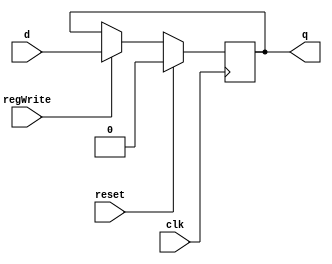
`timescale 1ns / 1ps


module D_ff(input clk, input reset, input regWrite,input d, output reg q);
	always@(negedge clk)
		begin
			if(reset)
				q=0;
			else
				if(regWrite == 1) begin q=d; end
		end
endmodule

module D_ff_reg (input clk, input reset, input regWrite, input decOut1b, input d, output reg q);
	always @ (negedge clk)
		begin
			if(reset==1)
				q=1;
			else
				if(regWrite == 1 && decOut1b==1)
					begin
						q=d;
					end
		end
endmodule

module D_ff_Mem (input memRead, input init,  output reg q);
	always@(memRead or init)
	begin
	if (memRead)
		q = init;
	end
endmodule

// Instruction Memory Design
module register_Mem(input memRead,input [15:0] init, output [15:0] q_out);
	D_ff_Mem dMem0(memRead, init[0], q_out[0]);
	D_ff_Mem dMem1(memRead, init[1], q_out[1]);
	D_ff_Mem dMem2(memRead, init[2], q_out[2]);
	D_ff_Mem dMem3(memRead, init[3], q_out[3]);
	
	D_ff_Mem dMem4(memRead, init[4], q_out[4]);
	D_ff_Mem dMem5(memRead, init[5], q_out[5]);
	D_ff_Mem dMem6(memRead, init[6], q_out[6]);
	D_ff_Mem dMem7(memRead, init[7], q_out[7]);

	D_ff_Mem dMem8(memRead, init[8], q_out[8]);
	D_ff_Mem dMem9(memRead, init[9], q_out[9]);
	D_ff_Mem dMem10(memRead, init[10], q_out[10]);
	D_ff_Mem dMem11(memRead, init[11], q_out[11]);
	
	D_ff_Mem dMem12(memRead, init[12], q_out[12]);
	D_ff_Mem dMem13(memRead, init[13], q_out[13]);
	D_ff_Mem dMem14(memRead, init[14], q_out[14]);
	D_ff_Mem dMem15(memRead, init[15], q_out[15]);
endmodule


module mux16to1(input [15:0] outR0, outR1, outR2, outR3, outR4, outR5, outR6, outR7, outR8, outR9, outR10, outR11, outR12, outR13, outR14, outR15, input [3:0] Sel, output reg [15:0] outBus);
	always @ (outR0 or outR1 or outR2 or outR3 or outR4 or outR5 or outR6 or outR7 or outR8 or outR9 or outR10 or outR11 or outR12 or outR13 or outR14 or outR15 or Sel)
	case (Sel)
		4'b0000: outBus = outR0;
		4'b0001: outBus = outR1;
		4'b0010: outBus = outR2;
		4'b0011: outBus = outR3;
		4'b0100: outBus = outR4;
		4'b0101: outBus = outR5;
		4'b0110: outBus = outR6;
		4'b0111: outBus = outR7;
		4'b1000: outBus = outR8;
		4'b1001: outBus = outR9;
		4'b1010: outBus = outR10;
		4'b1011: outBus = outR11;
		4'b1100: outBus = outR12;
		4'b1101: outBus = outR13;
		4'b1110: outBus = outR14;
		4'b1111: outBus = outR15;
	endcase
endmodule

module Mem(input memRead, input [15:0] pc, output [15:0] IR);
	wire [15:0] Qout0, Qout1, Qout2, Qout3, Qout4, Qout5, Qout6, Qout7, Qout8, Qout9, Qout10, Qout11, Qout12, Qout13, Qout14, Qout15;
	
	register_Mem r0(memRead, 16'b0001_001_010_000_000,Qout0); 		//sub $r0, $r1, $r2
	register_Mem r1(memRead, 16'b0011_000_010_000_010, Qout1); 	//addic $r2, $r0, 2
	register_Mem r2(memRead, 16'b0000_010_001_001_000, Qout2); 	//add $r1, $r2, $r1
	register_Mem r3(memRead, 16'b0100_010_100_000_001, Qout3); 	//shift $r4, $r2, 1
	register_Mem r4(memRead, 16'b0010_100_010_110_000, Qout4); 	//addc $r6, $r4, $r2
	register_Mem r5(memRead, 16'b0001_110_001_101_000, Qout5); 	//sub $r5, $r6, $r1
	register_Mem r6(memRead, 16'b0011_111_011_000_011, Qout6); 	//addic $r3, $r7, 3
	register_Mem r7(memRead, 16'b0010_111_110_111_000, Qout7);		//addc $r7, $r7, $r6
	register_Mem r8(memRead, 16'b0101_110_111_000_000, Qout8); 	//mul $r6,$r7
	register_Mem r9(memRead, 16'b0000_000_000_000_000, Qout9); 		
	register_Mem r10(memRead, 16'b0000_000_000_000_000, Qout10); 	
	register_Mem r11(memRead, 16'b0000_000_000_000_000, Qout11); 	
	register_Mem r12(memRead, 16'b0000_000_000_000_000, Qout12); 
	register_Mem r13(memRead, 16'b0000_000_000_000_000, Qout13); 
	register_Mem r14(memRead, 16'b0000_000_000_000_000, Qout14); 	
	register_Mem r15(memRead, 16'b0000_000_000_000_000, Qout15); 	
	mux16to1 mIM (Qout0,Qout1,Qout2,Qout3,Qout4,Qout5,Qout6,Qout7,Qout8,Qout9,Qout10,Qout11,Qout12,Qout13,Qout14,Qout15,pc[4:1],IR);
	
endmodule
//Instruction Memory Design Ends

//Register Memory Design begins
module register16bit_RegFile( input clk, input reset, input regWrite, input decOut1b, input [15:0] writeData, output  [15:0] outR );
	D_ff_reg d0(clk, reset, regWrite, decOut1b, writeData[0], outR[0]);
	D_ff_reg d1(clk, reset, regWrite, decOut1b, writeData[1], outR[1]);
	D_ff_reg d2(clk, reset, regWrite, decOut1b, writeData[2], outR[2]);
	D_ff_reg d3(clk, reset, regWrite, decOut1b, writeData[3], outR[3]);
	D_ff_reg d4(clk, reset, regWrite, decOut1b, writeData[4], outR[4]);
	D_ff_reg d5(clk, reset, regWrite, decOut1b, writeData[5], outR[5]);
	D_ff_reg d6(clk, reset, regWrite, decOut1b, writeData[6], outR[6]);
	D_ff_reg d7(clk, reset, regWrite, decOut1b, writeData[7], outR[7]);
	D_ff_reg d8(clk, reset, regWrite, decOut1b, writeData[8], outR[8]);
	D_ff_reg d9(clk, reset, regWrite, decOut1b, writeData[9], outR[9]);
	D_ff_reg d10(clk, reset, regWrite, decOut1b, writeData[10], outR[10]);
	D_ff_reg d11(clk, reset, regWrite, decOut1b, writeData[11], outR[11]);
	D_ff_reg d12(clk, reset, regWrite, decOut1b, writeData[12], outR[12]);
	D_ff_reg d13(clk, reset, regWrite, decOut1b, writeData[13], outR[13]);
	D_ff_reg d14(clk, reset, regWrite, decOut1b, writeData[14], outR[14]);
	D_ff_reg d15(clk, reset, regWrite, decOut1b, writeData[15], outR[15]);
endmodule

module registerSet( input clk, input reset, input regWrite, input [7:0] decOut, input [15:0] writeData,
output [15:0] outR0, output [15:0] outR1, output [15:0] outR2, output [15:0] outR3,
	output [15:0] outR4,output [15:0] outR5, output [15:0] outR6, output [15:0] outR7);

	register16bit_RegFile rs0( clk, reset, regWrite, decOut[0], writeData, outR0 );
	register16bit_RegFile rs1( clk, reset, regWrite, decOut[1], writeData, outR1 );
	register16bit_RegFile rs2( clk, reset, regWrite, decOut[2], writeData, outR2 );
	register16bit_RegFile rs3( clk, reset, regWrite, decOut[3], writeData, outR3 );
	
	register16bit_RegFile rs4( clk, reset, regWrite, decOut[4], writeData, outR4 );
	register16bit_RegFile rs5( clk, reset, regWrite, decOut[5], writeData, outR5 );
	register16bit_RegFile rs6( clk, reset, regWrite, decOut[6], writeData, outR6 );
	register16bit_RegFile rs7( clk, reset, regWrite, decOut[7], writeData, outR7 );
endmodule

module decoder( input [2:0] destReg, output reg [7:0] decOut);
always @(destReg)
	case(destReg)
	3'd0: decOut=8'b0000_0001;
	3'd1: decOut=8'b0000_0010;
	3'd2: decOut=8'b0000_0100;
	3'd3: decOut=8'b0000_1000;
	3'd4: decOut=8'b0001_0000;
	3'd5: decOut=8'b0010_0000;
	3'd6: decOut=8'b0100_0000;
	3'd7: decOut=8'b1000_0000;
	endcase
endmodule

module mux8to1( input [15:0] outR0, input [15:0] outR1, input [15:0] outR2, input [15:0] outR3, input [15:0] outR4, input [15:0] outR5, 
input [15:0] outR6, input [15:0] outR7, input [2:0] Sel, output reg [15:0] outBus );

always@(outR0,outR1,outR2,outR3,outR4,outR5,outR6,outR7,Sel)
	case(Sel)
		3'd0:outBus=outR0;
		3'd1:outBus=outR1;
		3'd2:outBus=outR2;
		3'd3:outBus=outR3;
		3'd4:outBus=outR4;
		3'd5:outBus=outR5;
		3'd6:outBus=outR6;
		3'd7:outBus=outR7;
	endcase
endmodule

module registerFile(input clk, input reset, input regWrite, input [2:0] rs, input [2:0] rt,input [2:0] rd, 
input [15:0] writeData, output [15:0] outR0, output [15:0] outR1);
	
	wire [7:0] decOut;
	wire [15:0] outR00,outR11, outR2, outR3, outR4, outR5, outR6, outR7;
	decoder dec(rd,decOut);
	registerSet rSet( clk, reset, regWrite,decOut, writeData,outR00,outR11, outR2, outR3, outR4, outR5, outR6, outR7);
	mux8to1 mux8_1_1( outR00, outR11,outR2,outR3,outR4, outR5, outR6,outR7, rs, outR0 );
	mux8to1 mux8_1_2( outR00, outR11,outR2,outR3,outR4, outR5, outR6,outR7, rt, outR1 );
endmodule
//Register Memory Design ends

// Register to be used for PC, IR, A, B, ALUOut HI, LO
module register16bit( input clk, input reset, input regWrite, input [15:0] writeData, output  [15:0] outR );
	D_ff d0(clk,reset,regWrite,writeData[0],outR[0]);
	D_ff d1(clk,reset,regWrite,writeData[1],outR[1]);
	D_ff d2(clk,reset,regWrite,writeData[2],outR[2]);
	D_ff d3(clk,reset,regWrite,writeData[3],outR[3]);
	D_ff d4(clk,reset,regWrite,writeData[4],outR[4]);
	D_ff d5(clk,reset,regWrite,writeData[5],outR[5]);
	D_ff d6(clk,reset,regWrite,writeData[6],outR[6]);
	D_ff d7(clk,reset,regWrite,writeData[7],outR[7]);
	D_ff d8(clk,reset,regWrite,writeData[8],outR[8]);
	D_ff d9(clk,reset,regWrite,writeData[9],outR[9]);
	D_ff d10(clk,reset,regWrite,writeData[10],outR[10]);
	D_ff d11(clk,reset,regWrite,writeData[11],outR[11]);
	D_ff d12(clk,reset,regWrite,writeData[12],outR[12]);
	D_ff d13(clk,reset,regWrite,writeData[13],outR[13]);
	D_ff d14(clk,reset,regWrite,writeData[14],outR[14]);
	D_ff d15(clk,reset,regWrite,writeData[15],outR[15]);
endmodule

module carrybit(input clk, input reset, input regWrite, input writeData, output outR );
	D_ff d0(clk,reset,regWrite,writeData,outR);
endmodule


module signExt6to16( input [5:0] offset, output reg [15:0] signExtOffset);
	always@(offset)
			signExtOffset={{10{offset[5]}},offset[5:0]};
endmodule
	
module zeroExt4to16( input [3:0] offset, output reg [15:0] zeroExtOffset);
	always@(offset)
		zeroExtOffset={{12{1'b0}},offset[3:0]};
endmodule

module alu(input [15:0] aluIn1, input [15:0] aluIn2,input [1:0] aluOp,
		output reg carry, output reg [15:0] aluOut1,output reg [15:0] aluOut2);
	always@(aluIn1 or aluIn2 or aluOp)
	begin
		case(aluOp)
			2'b00: begin {carry,aluOut1}=aluIn1 + aluIn2;
						 aluOut2 = 16'd0;
				   end
			2'b01: begin {carry,aluOut1}=aluIn1 - aluIn2; 
						 aluOut2 = 16'd0;
				   end
			2'b10: begin {carry,aluOut1}=aluIn1 << aluIn2; 
						 aluOut2 = 16'd0;
				   end 
			2'b11: {aluOut2,aluOut1}=aluIn1 * aluIn2; 
		endcase
	end
endmodule

module zeroExt1to16( input cFlag, output reg [15:0] zeroExtcFlag);
	always@(cFlag)
		zeroExtcFlag={{15{1'b0}},cFlag};
endmodule

module adder(input [15:0] in1, input [15:0] in2, output reg [15:0] adder_out);
	always@(in1 or in2)
	begin
		adder_out=in1 + in2;
	end
endmodule

module mux2to1_3bits(input [2:0] in1, input [2:0] in2, input sel, output reg [2:0] muxOut);
	always@(in1 or in2 or sel)
	begin
		case(sel)
			1'b0:muxOut=in1;
			1'b1:muxOut=in2;
		endcase
	end
endmodule

module mux2to1_16bits(input [15:0] in1, input [15:0] in2, input sel, output reg [15:0] muxOut);
    always@(in1 or in2 or sel)
	begin
		case(sel)
			1'b0:muxOut=in1;
			1'b1:muxOut=in2;
		endcase
	end
endmodule

module mux4to1_16bits(input [15:0] in1, input [15:0] in2, input [15:0] in3, input [15:0] in4, input [1:0] sel, output reg [15:0] muxOut);
	always@(in1 or in2 or in3 or in4 or sel)
	begin
		case(sel)
			2'b00:muxOut=in1;
			2'b01:muxOut=in2;
			2'b10:muxOut=in3;		
			2'b11:muxOut=in4;				
		endcase
	end
endmodule

module ctrlCkt(input clk,input reset,input [3:0] opcode,output reg pcWr,output reg memRd,output reg irWr,
				output reg regDest,output reg regWr,output reg regSrc,output reg aluSrcA,output reg [1:0] aluSrcB,output reg [1:0] aluOp,
				output reg hiWr,output reg loWr,output reg flagWr);	

	reg[3:0] state,next_state;
	parameter S0 = 4'b0000,S1 = 4'b0001 , S2 = 4'b0010, S3 = 4'b0011;
	parameter S4 = 4'b0100,S5 = 4'b0101 , S6 = 4'b0110, S7 = 4'b0111;
	parameter S8 = 4'b1000,S9 = 4'b1001 , S10 = 4'b1010, S11 = 4'b1011, S12 = 4'b1100;
	always@(negedge clk)
		begin
			if (reset == 1)
				begin
					pcWr <= 1'b0;
					irWr <= 1'b0;
					memRd <= 1'b0;
					regDest <= 1'b0;
					regWr <= 1'b0;
					regSrc <= 1'b0;
					aluSrcA <= 1'b0;
					aluSrcB <= 2'b00;
					aluOp <= 2'b00;
					hiWr <= 1'b0;
					loWr <= 1'b0;
					flagWr <= 1'b0;
					state <= S0;
				end
			else
				state <= next_state;
		end
	
	always@(state or opcode)
		begin 
			case(state)
			S0:  next_state = S1;
			S1:  begin 
						case(opcode)
						4'd0 :  next_state = S2;
						4'd1 :  next_state = S4;
						4'd2 :  next_state = S6;
						4'd3 :  next_state = S8;
						4'd4 :  next_state = S10;
						4'd5 :  next_state = S12;
						endcase
				end
			S2:   next_state = S3;
			S4:   next_state = S5;
			S6:   next_state = S7;
			S8:   next_state = S9;
			S10:  next_state = S11;
			S12:  next_state = S0;
			S3:   next_state = S0;
			S5:   next_state = S0;
			S7:   next_state = S0;
			S9:   next_state = S0;
			S11:  next_state = S0;
			
			endcase
		end
	
	always@(state or opcode)
		begin
			case(state)
			S0:  begin
					pcWr = 1'b1;
					irWr = 1'b1;
					memRd = 1'b1;
					regDest = 1'b0;
					regWr = 1'b0;
					regSrc = 1'b0;
					aluSrcA = 1'b0;
					aluSrcB = 2'b01;
					aluOp = 2'b00;
					hiWr = 1'b0;
					loWr = 1'b0;
					flagWr = 1'b0;
				 end
				
			S1:  begin
					pcWr = 1'b0;
					irWr = 1'b0;
					memRd = 1'b0;
					regDest = 1'b0;
					regWr = 1'b0;
					regSrc = 1'b0;
					aluSrcA = 1'b0;
					aluSrcB = 2'b00;
					aluOp = 2'b00;
					hiWr = 1'b0;
					loWr = 1'b0;
					flagWr = 1'b0;
				 end
				
			S2:  begin
					pcWr = 1'b0;
					irWr = 1'b0;
					memRd = 1'b0;
					regDest = 1'b0;
					regWr = 1'b0;
					regSrc = 1'b0;
					aluSrcA = 1'b1;
					aluSrcB = 2'b00;
					aluOp = 2'b00;
					hiWr = 1'b0;
					loWr = 1'b0;
					flagWr = 1'b1;
				end
				
			S3:  begin
					pcWr = 1'b0;
					irWr = 1'b0;
					memRd = 1'b0;
					regDest = 1'b1;
					regWr = 1'b1;
					regSrc = 1'b1;
					aluSrcA = 1'b0;
					aluSrcB = 2'b00;
					aluOp = 2'b00;
					hiWr = 1'b0;
					loWr = 1'b0;
					flagWr = 1'b0;
				end
			
			S4:  begin
					pcWr = 1'b0;
					irWr = 1'b0;
					memRd = 1'b0;
					regDest = 1'b0;
					regWr = 1'b0;
					regSrc = 1'b0;
					aluSrcA = 1'b1;
					aluSrcB = 2'b00;
					aluOp = 2'b01;
					hiWr = 1'b0;
					loWr = 1'b0;
					flagWr = 1'b1;
				end
			
			S5:  begin
					pcWr = 1'b0;
					irWr = 1'b0;
					memRd = 1'b0;
					regDest = 1'b1;
					regWr = 1'b1;
					regSrc = 1'b1;
					aluSrcA = 1'b0;
					aluSrcB = 2'b00;
					aluOp = 2'b00;
					hiWr = 1'b0;
					loWr = 1'b0;
					flagWr = 1'b0;
				end
				
			S6:  begin
					pcWr = 1'b0;
					irWr = 1'b0;
					memRd = 1'b0;
					regDest = 1'b0;
					regWr = 1'b0;
					regSrc = 1'b0;
					aluSrcA = 1'b1;
					aluSrcB = 2'b00;
					aluOp = 2'b00;
					hiWr = 1'b0;
					loWr = 1'b0;
					flagWr = 1'b1;
				end
				
			S7:  begin
					pcWr = 1'b0;
					irWr = 1'b0;
					memRd = 1'b0;
					regDest = 1'b1;
					regWr = 1'b1;
					regSrc = 1'b0;
					aluSrcA = 1'b0;
					aluSrcB = 2'b00;
					aluOp = 2'b00;
					hiWr = 1'b0;
					loWr = 1'b0;
					flagWr = 1'b0;
				end	
			
			S8:  begin
					pcWr = 1'b0;
					irWr = 1'b0;
					memRd = 1'b0;
					regDest = 1'b0;
					regWr = 1'b0;
					regSrc = 1'b0;
					aluSrcA = 1'b1;
					aluSrcB = 2'b10;
					aluOp = 2'b00;
					hiWr = 1'b0;
					loWr = 1'b0;
					flagWr = 1'b1;
				end
				
			S9:  begin
					pcWr = 1'b0;
					irWr = 1'b0;
					memRd = 1'b0;
					regDest = 1'b0;
					regWr = 1'b1;
					regSrc = 1'b0;
					aluSrcA = 1'b0;
					aluSrcB = 2'b00;
					aluOp = 2'b00;
					hiWr = 1'b0;
					loWr = 1'b0;
					flagWr = 1'b0;
				end
			
			S10:  begin
					pcWr = 1'b0;
					irWr = 1'b0;
					memRd = 1'b0;
					regDest = 1'b0;
					regWr = 1'b0;
					regSrc = 1'b0;
					aluSrcA = 1'b1;
					aluSrcB = 2'b11;
					aluOp = 2'b10;
					hiWr = 1'b0;
					loWr = 1'b0;
					flagWr = 1'b1;
				end
			
			S11:  begin
					pcWr = 1'b0;
					irWr = 1'b0;
					memRd = 1'b0;
					regDest = 1'b0;
					regWr = 1'b1;
					regSrc = 1'b1;
					aluSrcA = 1'b0;
					aluSrcB = 2'b00;
					aluOp = 2'b00;
					hiWr = 1'b0;
					loWr = 1'b0;
					flagWr = 1'b0;
				end
			
			S12:  begin
					pcWr = 1'b0;
					irWr = 1'b0;
					memRd = 1'b0;
					regDest = 1'b0;
					regWr = 1'b0;
					regSrc = 1'b0;
					aluSrcA = 1'b1;
					aluSrcB = 2'b00;
					aluOp = 2'b11;
					hiWr = 1'b1;
					loWr = 1'b1;
					flagWr = 1'b0;
				end
			
			endcase
		end
	
	
endmodule

//top module
module multiCycle(input clk, input reset, output [15:0] Result);

wire pcWr,irWr,regWr,regDest,carry,hiWr,loWr,carry_out;
wire[1:0] aluSrcB,aluOp;	
wire [15:0] aluOut1,aluOut2,outR,IR_out,outR0,outR1,zeroExtOffset,signExtOffset,outRA,outRB,muxOut_16bits1,muxOut_16bits2,outhi,outlo,out_aluout,adder_out,IR,zeroExtcFlag;	
wire [2:0] muxOut_3bits;	

	
register16bit PC0( clk, reset,pcWr,  aluOut1,  outR );	
Mem mem0( memRd, outR,  IR);
register16bit IR0( clk, reset, irWr,  IR,  IR_out );
registerFile regfile0(clk, reset, regWr,  IR_out[11:9],  IR_out[8:6], muxOut_3bits,  Result, outR0,  outR1);
mux2to1_3bits mux2to1_3bits_0( IR_out[8:6],  IR_out[5:3],  regDest, muxOut_3bits);
zeroExt4to16 zero4to16_0( IR_out[3:0],  zeroExtOffset);
signExt6to16 sign6to16_0( IR_out[5:0],  signExtOffset);
register16bit A0( clk, reset, 1'b1,  outR0,  outRA );	
register16bit B0( clk, reset, 1'b1,  outR1,  outRB );	
mux4to1_16bits mux4to1_0( outRB, 16'd2,  signExtOffset, zeroExtOffset, aluSrcB, muxOut_16bits2);
mux2to1_16bits mux2to1_0(outR, outRA, aluSrcA, muxOut_16bits1);
alu alu0( muxOut_16bits1,  muxOut_16bits2, aluOp,  carry,  aluOut1, aluOut2);
register16bit hi0( clk, reset, hiWr,  aluOut2,  outhi );	
register16bit lo0( clk, reset, loWr,  aluOut1,  outlo );	
register16bit aluout0( clk, reset, 1'b1,  aluOut1,  out_aluout );
carrybit carry_0(clk, reset,flagWr, carry, carry_out );
zeroExt1to16 zer1to16_0( carry_out, zeroExtcFlag);
adder adder_0( out_aluout, zeroExtcFlag, adder_out);
mux2to1_16bits mux2to1_1(adder_out, out_aluout, regSrc, Result);
ctrlCkt ctrlckt_0(clk, reset, IR_out[15:12], pcWr, memRd, irWr, regDest, regWr, regSrc, aluSrcA, aluSrcB, aluOp, hiWr, loWr, flagWr);


endmodule

module testMultiCycle;

	// Inputs
	reg clk;
	reg reset;

	// Outputs
	wire [15:0] Result;

	// Instantiate the Unit Under Test (UUT)
	multiCycle uut (
		.clk(clk), 
		.reset(reset), 
		.Result(Result)
	);

	always
	#5 clk = ~clk;
	initial begin
		// Initialize Inputs
		clk = 0;
		reset = 1;
		#10 reset = 0;
		#370 $finish;
	end
      
endmodule